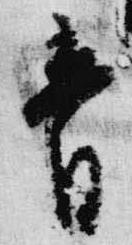
音